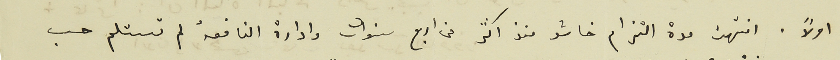
اولاً. انتهت مدة التزام خاشو منذ اكثر من اربع سنوات وادارة النافعة لم تستلم حسب